Jaan_Tonisson_(Lasteleht), lk 139
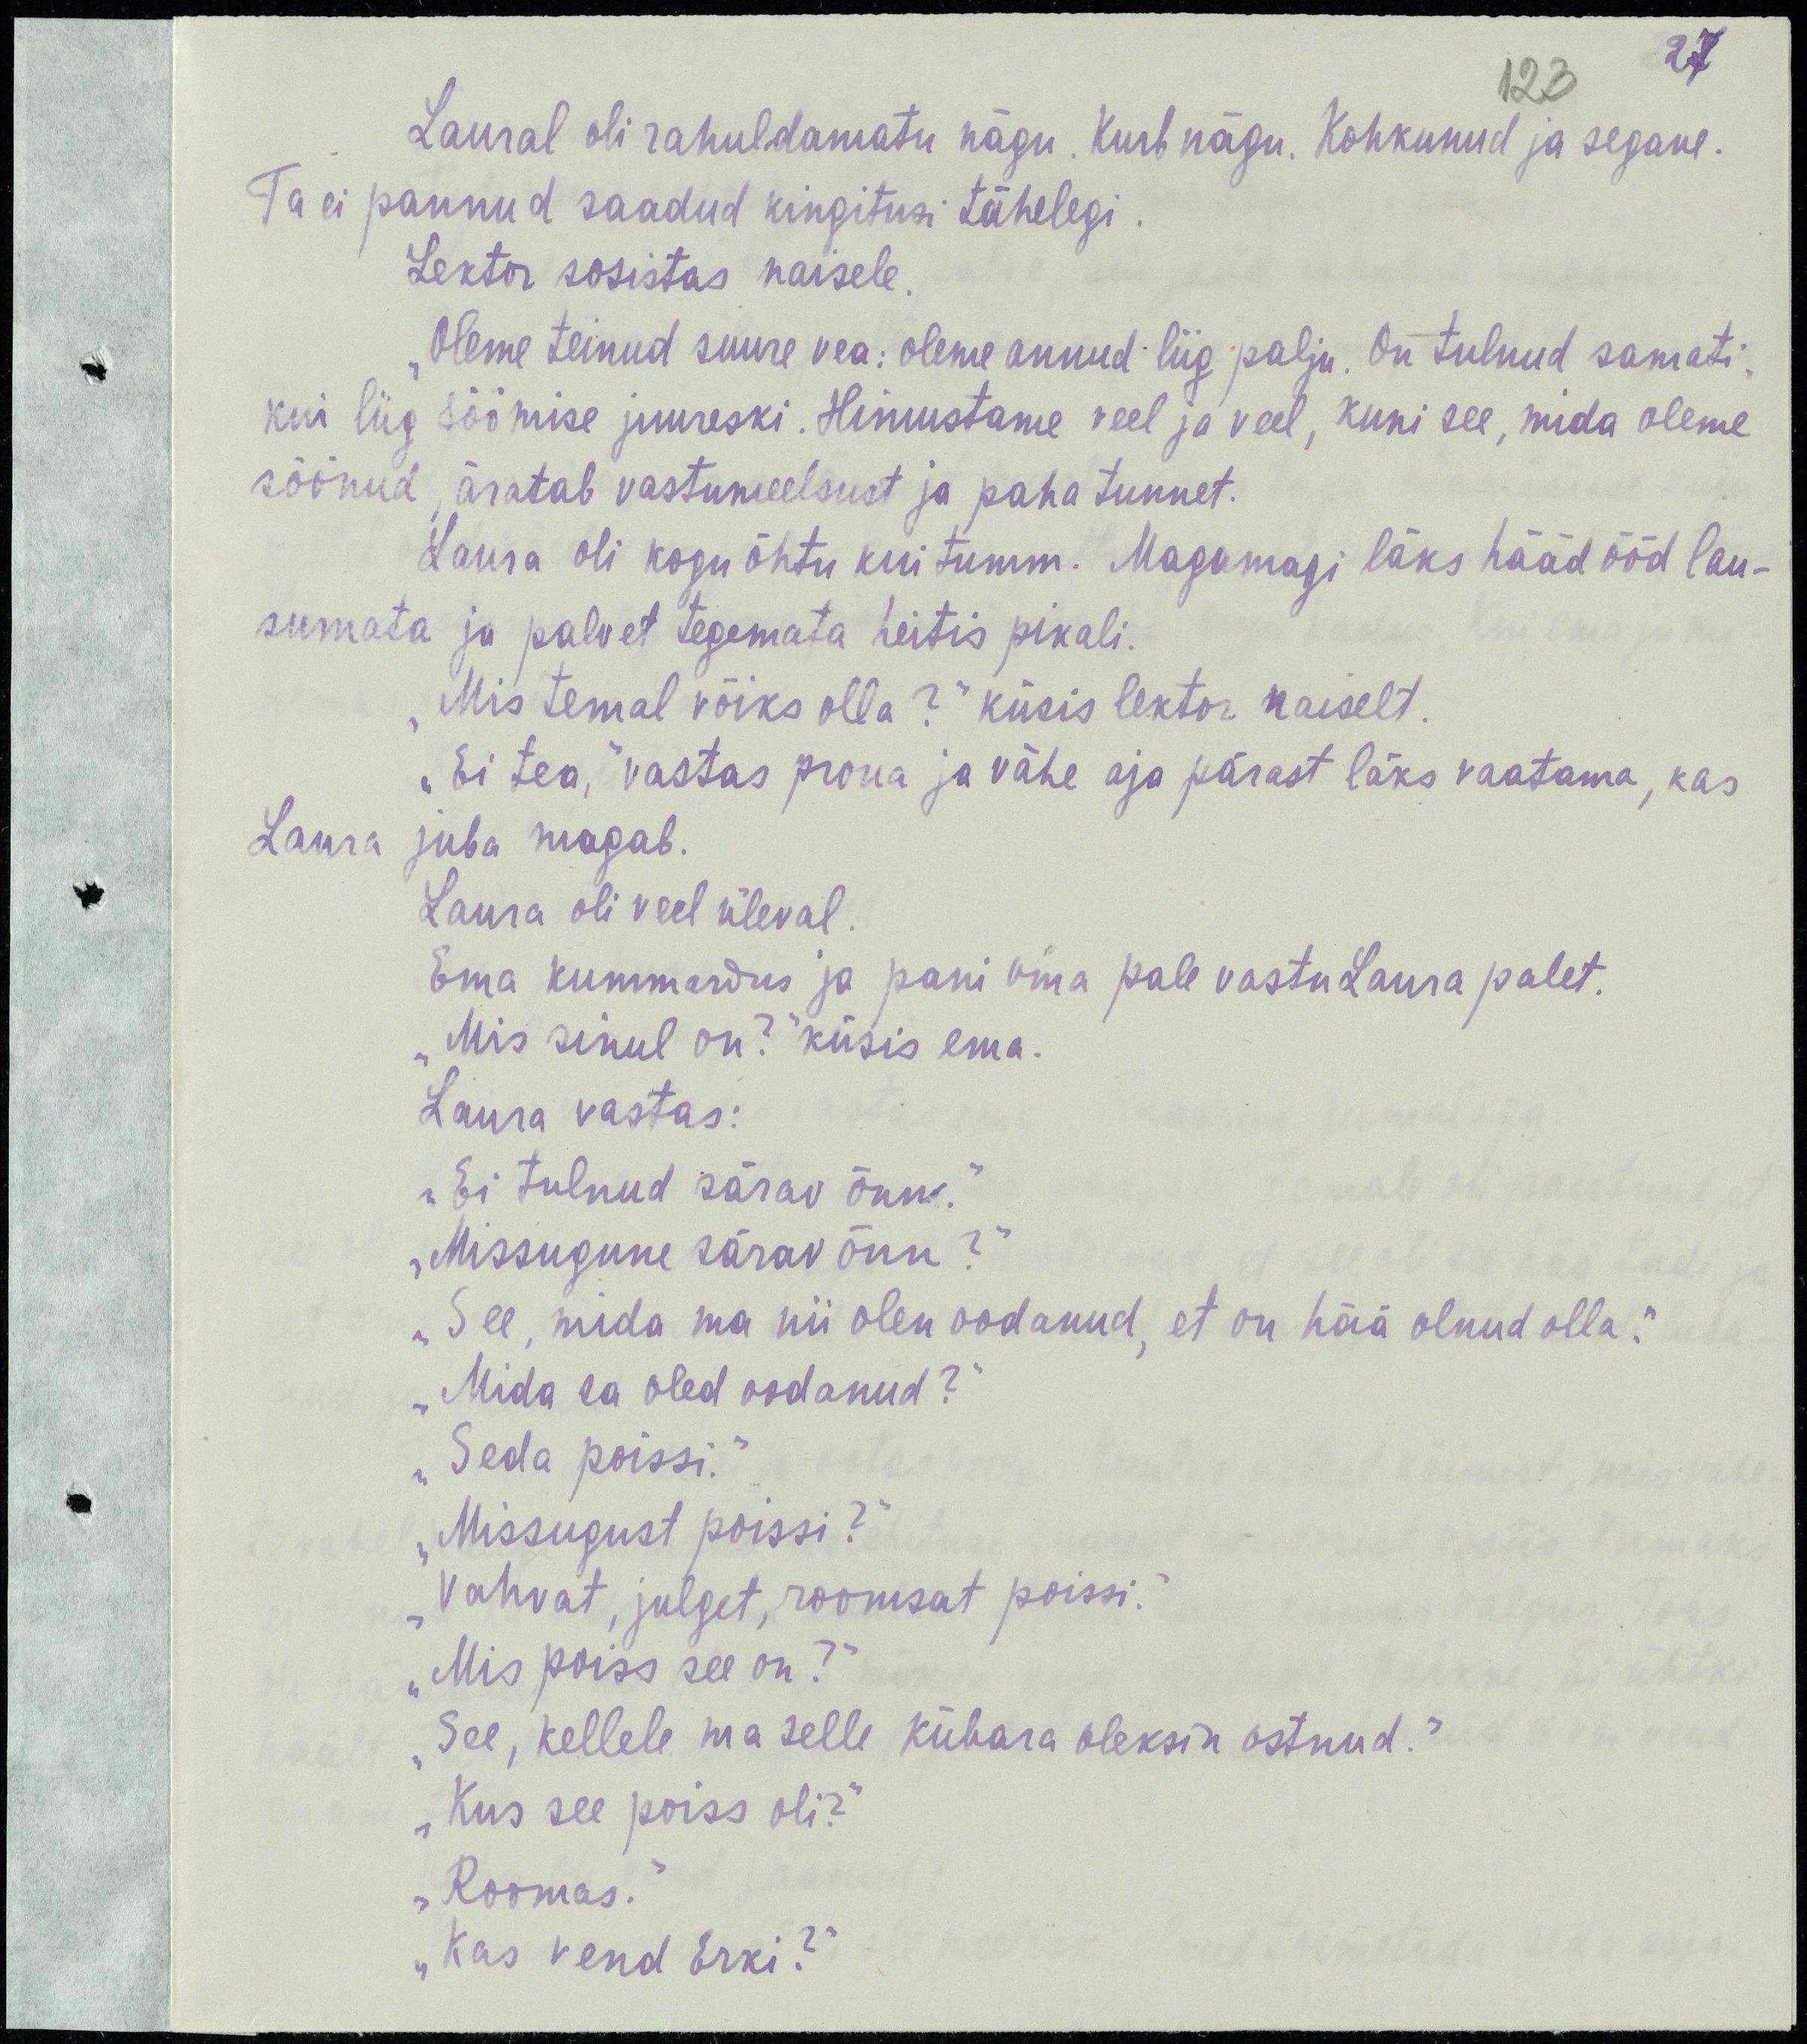
27
123
Laural oli rahuldamatu nägu. Kurb nägu. Kohkunud ja segane.
Ta ei pannud saadud kingitusi tähelegi.
Lektor sosistas naisele.
„Oleme teinud suure vea: oleme annud liig palju. On tulnud samati,
kui liig söömise juureski. Himustame veel ja veel, kuni see, mida oleme
söönud, äratab vastumeelsust ja paha tunnet.
Laura oli kogu õhtu kui tumm. Magamagi läks hääd ööd lau-
sumata ja palvet tegemata heitis pikali.
„Mis temal võiks olla?“ küsis lektor naiselt.
„Ei tea,“ vastas proua ja vähe aja pärast läks vaatama, kas
Laura juba magab.
Laura oli veel üleval.
Ema kummardus ja pani oma pale vastu Laura palet.
„Mis sinul on?“ küsis ema.
Laura vastas:
„Ei tulnud särav õnn.“
„Missugune särav õnn?“
„See, mida ma nii olen oodanud, et on hää olnud olla.“
„Mida sa oled oodanud?“
„Seda poissi.“
„Missugust poissi?“
„Vahvat, julget, roomsat poissi.“
„Mis poiss see on?“
„See, kellele ma selle kübara oleksin ostnud.“
„Kus see poiss oli?“
„Roomas.“
„Kas vend Erki?“